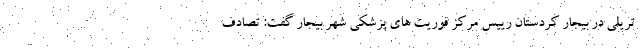
تریلی در بیجار کردستان رییس مرکز فوریت های پزشکی شهر بیجار گفت: تصادف